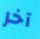
آخر